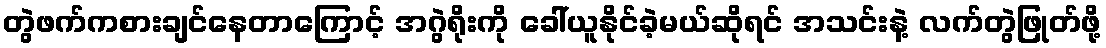
တွဲဖက်ကစားချင်နေတာကြောင့် အဂွဲရိုးကို ခေါ်ယူနိုင်ခဲ့မယ်ဆိုရင် အသင်းနဲ့ လက်တွဲဖြုတ်ဖို့